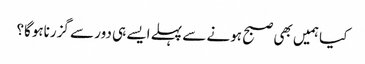
کیا ہمیں بھی صبح ہونے سے پہلے ایسے ہی دور سے گزرناہوگا؟